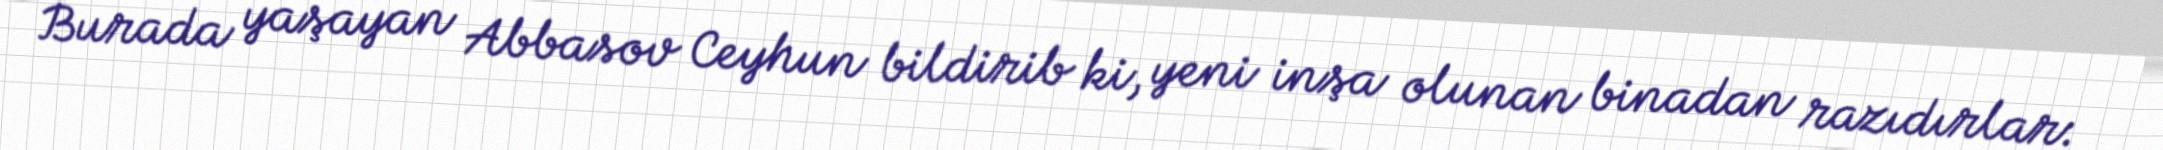
Burada yaşayan Abbasov Ceyhun bildirib ki, yeni inşa olunan binadan razıdırlar: